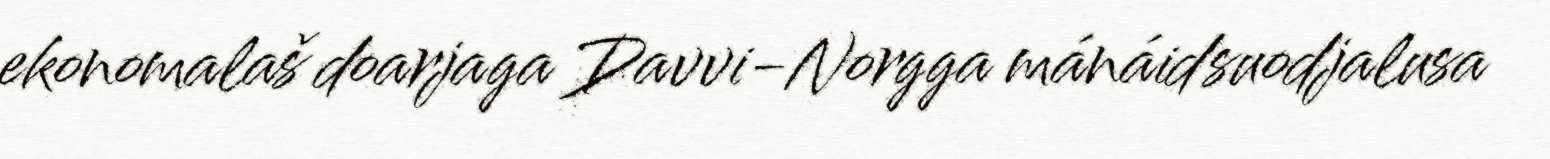
ekonomalaš doarjaga Davvi-Norgga mánáidsuodjalusa